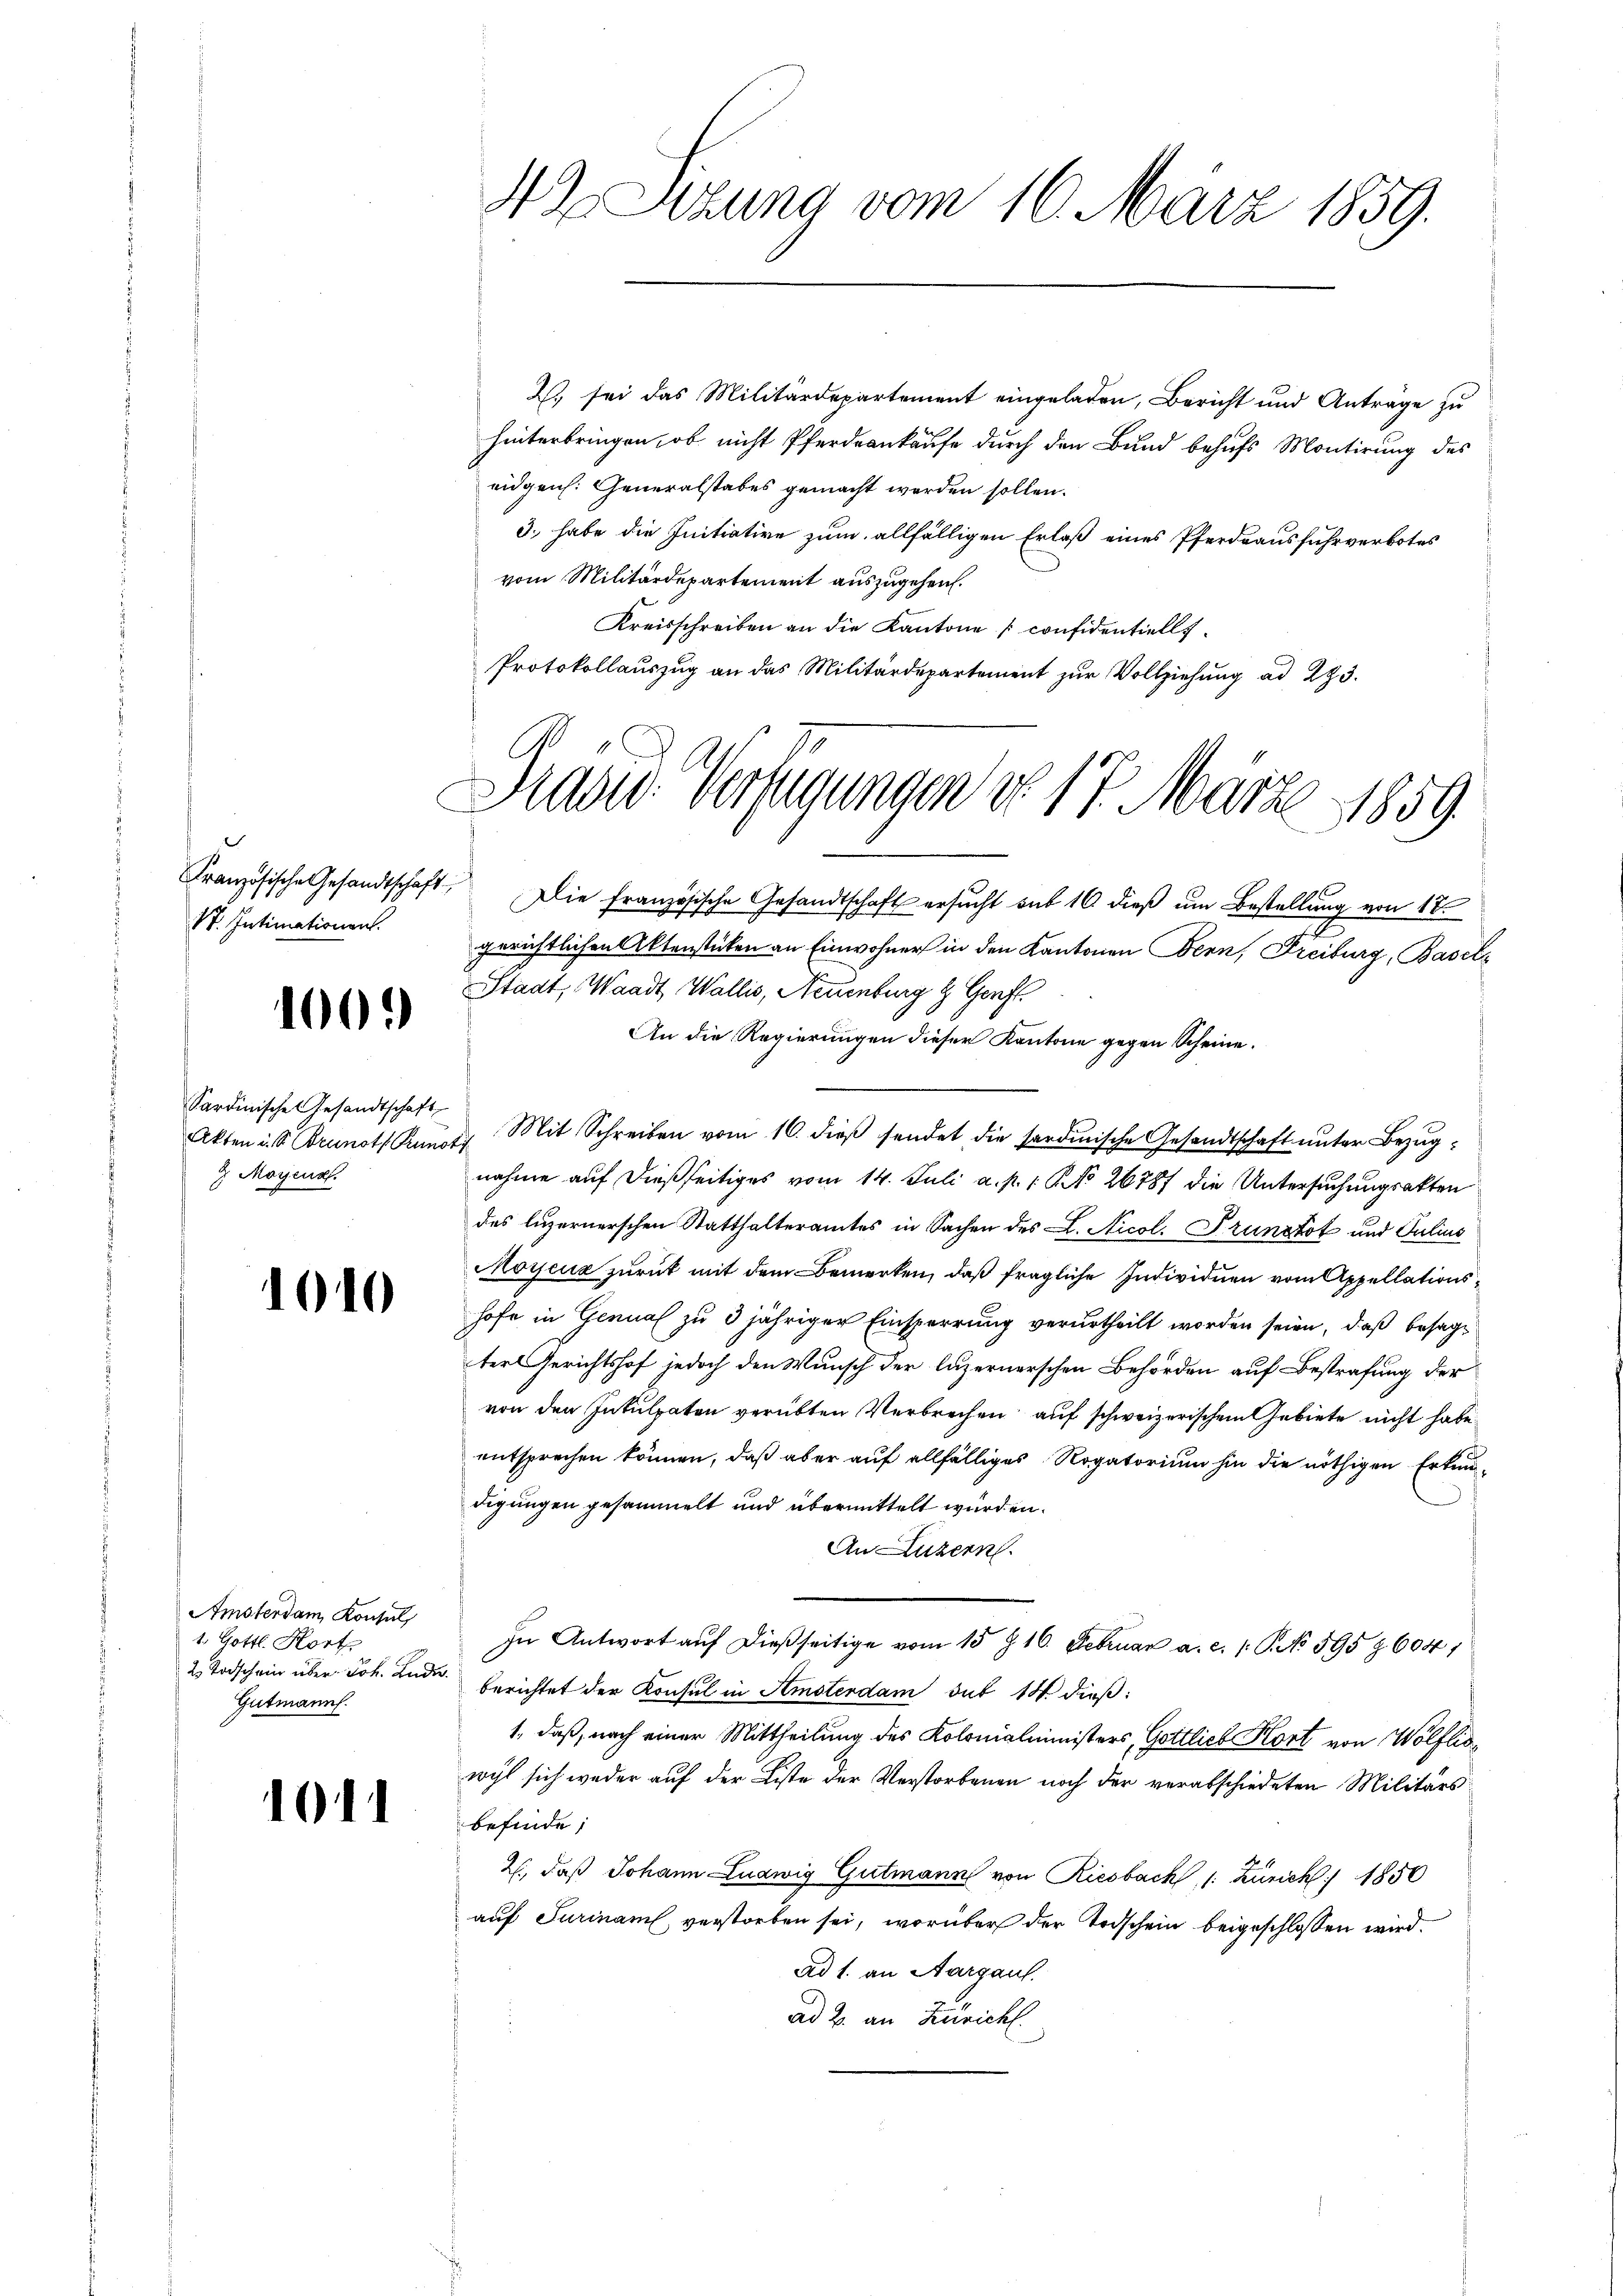
St. Intimationen.

100.

Sardinische Gesandtschaft
9 Moyens

1010

Amsterdam Konsul
1. Gottl. Kort
2. Todschein über Joh. Ende.
Gutmann.

101

2., sei das Militärdepartement eingeladen, Bericht und Anträge zu
hinterbringen, ob nicht Pferdrankaufe durch den Bund behufs Montirung des
eidgen. Generalstabes gemacht werden sollen.
3. habe die Initiative zum allfälligen Erlaß eines Pferdrausfuhrverbotes
vom Militärdepartement auszugehen.
Kreisschreiben an die Kantone confidentiell
Protokollauszug an das Militärdepartement zur Vollziehung ad 293.

42 Sizung vom 16. März 1859.

Präsid. Verfügungen d. 17. März 1859

Französische Gesandtschaft. Die französische Gesandtschaft ersŭcht sub 16 dieß um Bestellung von 17.
gerichtlichen Aktenstücken an Einwohner in den Kantonen Bern, Freiburg, Basel¬
Stadt, Waadt, Wallis, Neuenburg d. Genf.
An die Regierungen dieser Kantone gegen Scheine.
Akten u. s. Brunots Kunst. Mit Schreiben vom 16. dieβ sendet die sardinische Gesandtschaft unter Bezugnahme auf dießseitiges vom 14. Juli a. p. 1. No 26787 die Untersuchungsakten
des luzernerschen Statthalteramtes in Sachen des L. Nicol. Prunstof und Julius
Moyjena zurück mit dem Bemerken, daß fragliche Individuen vom Appellationshofe in Genual zu 3 jähriger Einsperrung verurtheilt worden seien, daß besagter Gerichtshof jedoch den Wunsch der luzernerschen Behörden auf Bestrafung der
von den Inkulpaten verübten Verbrechen auf schweizerischen Gebiete nicht habe
entsprechen können, daß aber auf allfälliges Rogatorium hin die nöthigen Erkundigungen gesammelt und übermittelt wurden.
An Luzern.
In Antwort aŭf dießseitige vom 15t 16. Februar a. c. 1. P. No 595 & 604 1
berichtet der Konsul in Amsterdam sub 14 dieß:
1, daß, nach einer Mittheilung des Kolonialministers, Gottlieb Hort von Wölfliswyl sich weder auf der Liste der Verstorbenen noch der verabschiedeten Militärs
befinde;
2., daß Johann Ludwig Gutmann von Riesbach, 1: Zürich) 1850
auf Turinamt, verstorben sei, worüber der Todschein beigeschlossen wird.
ad 1. an Aargau.
ad 2. an Zürich.